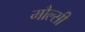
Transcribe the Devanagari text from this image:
मौल्सी